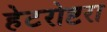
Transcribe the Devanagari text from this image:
हेटरोष्टरा